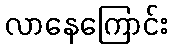
လာနေကြောင်း